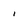
Character: i